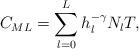
LaTeX: \begin{align*}C_{ML}=\sum^{L}_{l=0}h_{l}^{-\gamma}N_{l}T,\end{align*}